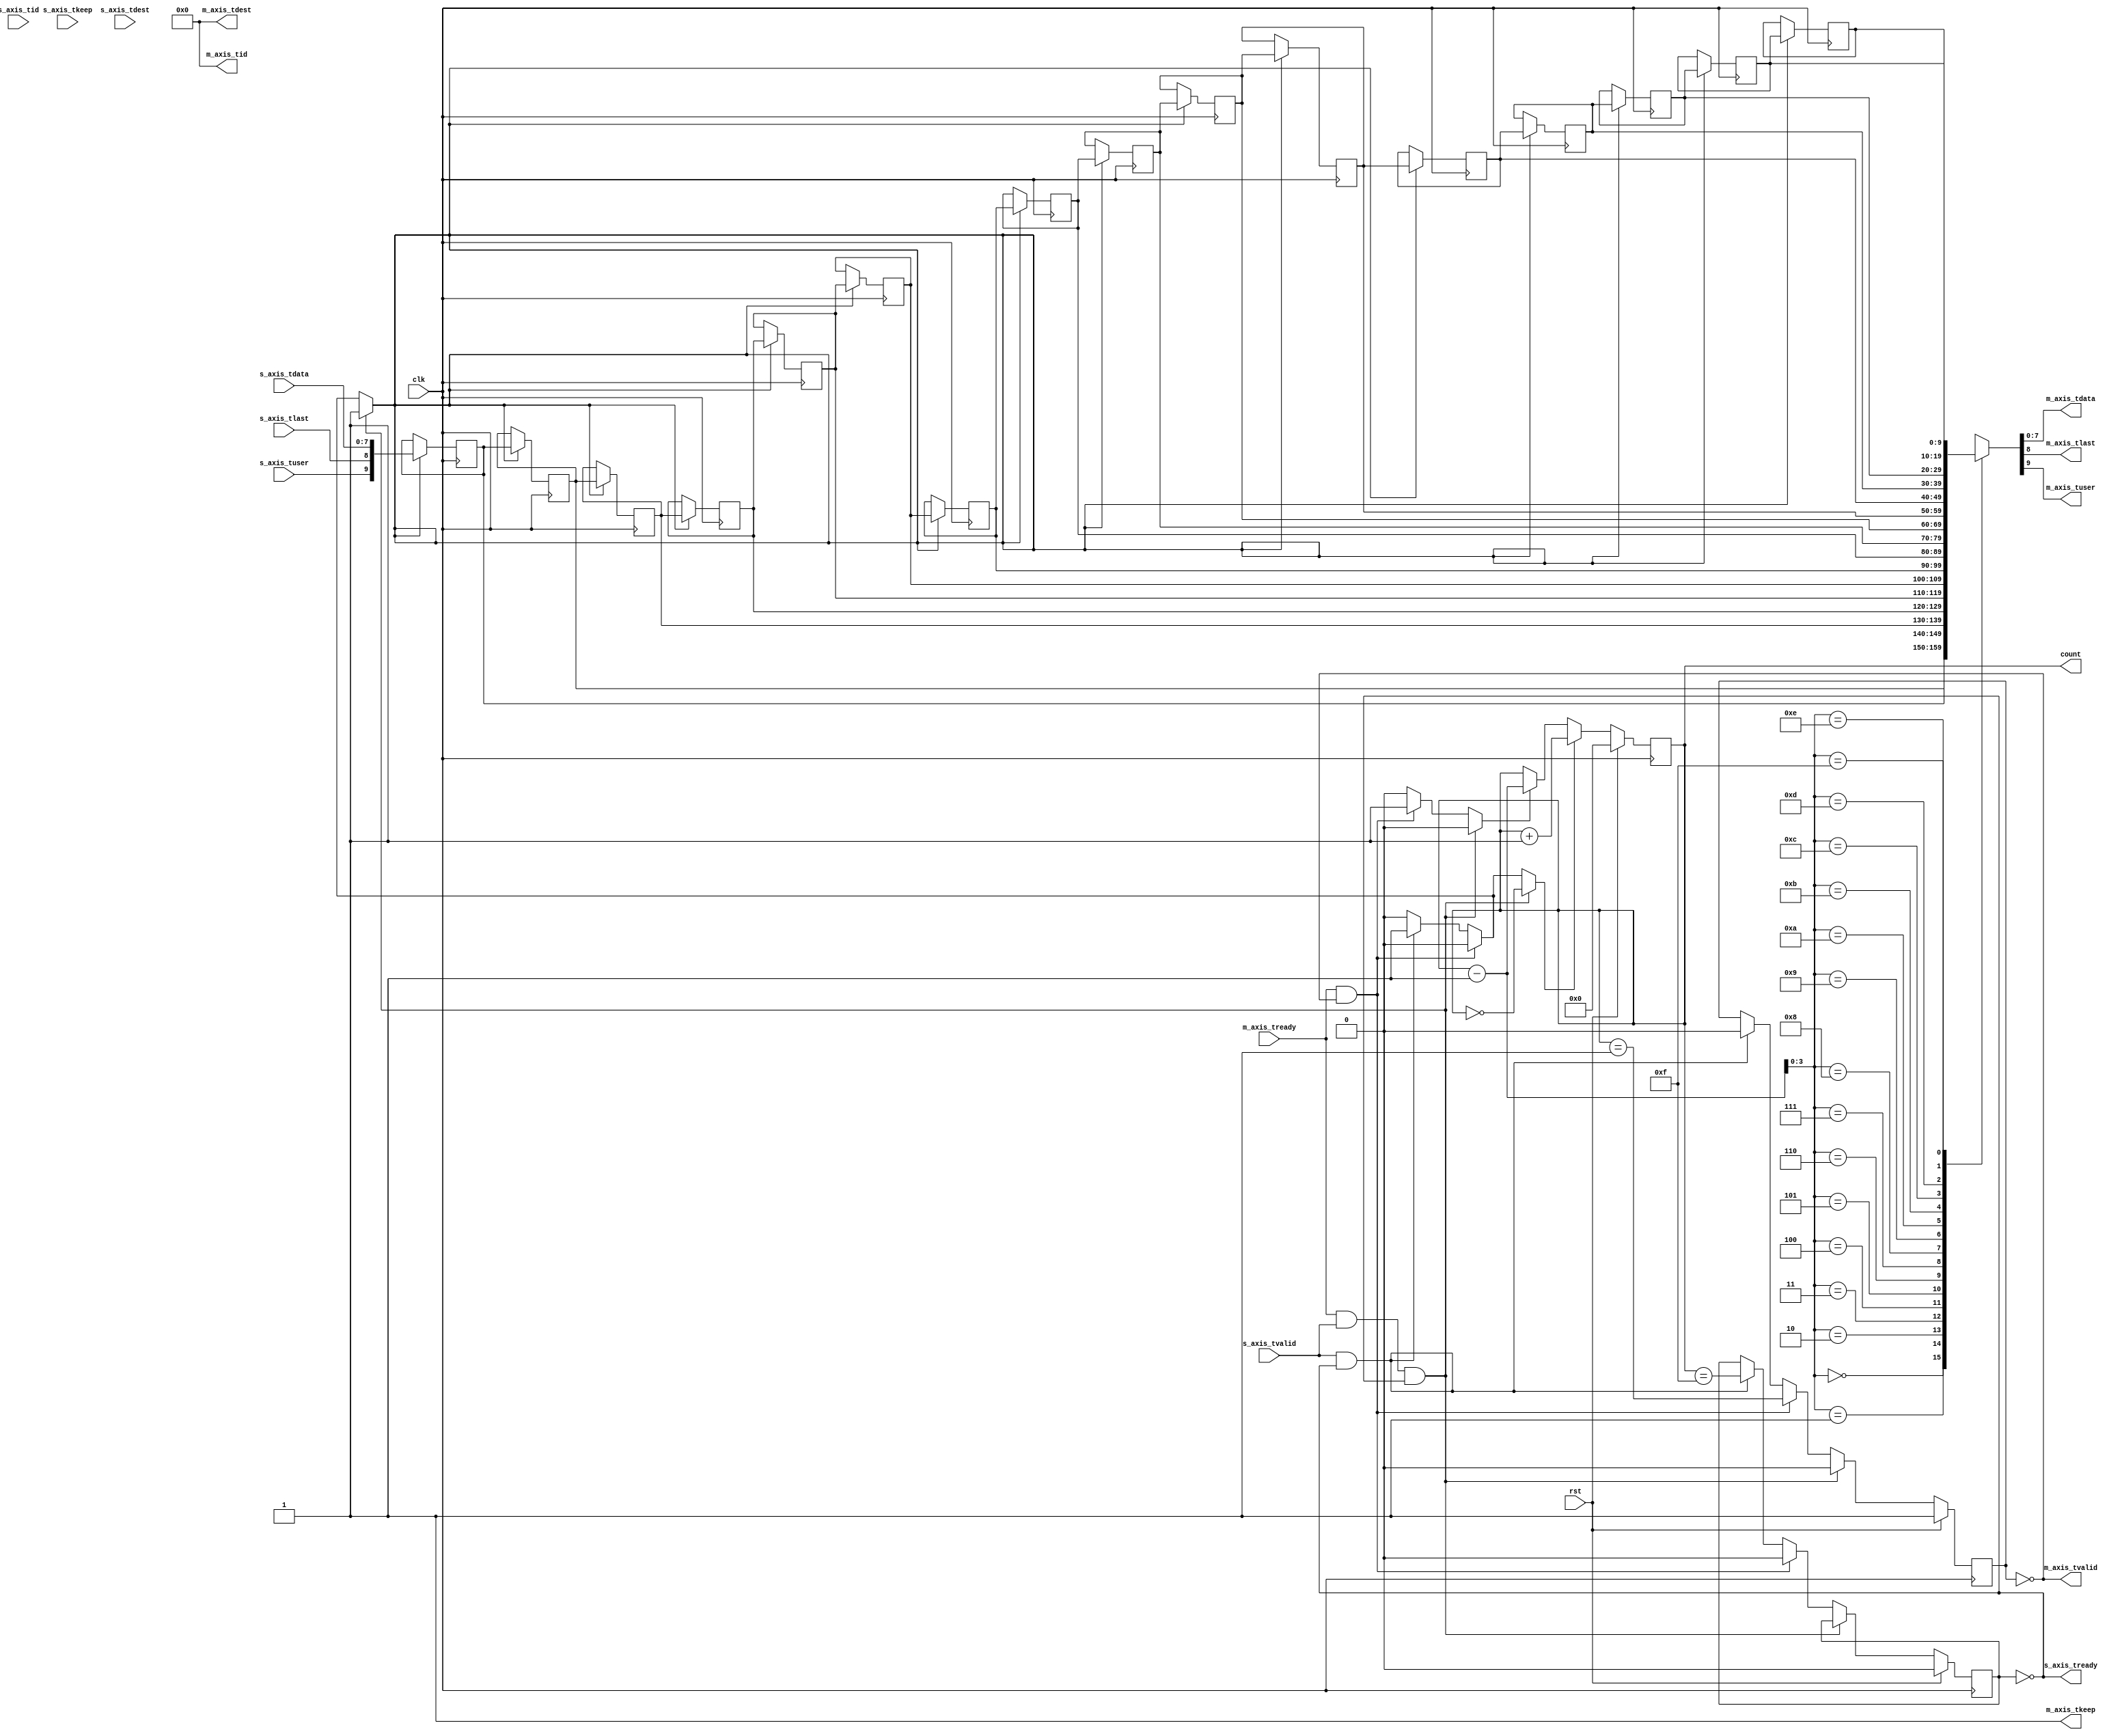
/*

Copyright (c) 2014-2018 Alex Forencich

Permission is hereby granted, free of charge, to any person obtaining a copy
of this software and associated documentation files (the "Software"), to deal
in the Software without restriction, including without limitation the rights
to use, copy, modify, merge, publish, distribute, sublicense, and/or sell
copies of the Software, and to permit persons to whom the Software is
furnished to do so, subject to the following conditions:

The above copyright notice and this permission notice shall be included in
all copies or substantial portions of the Software.

THE SOFTWARE IS PROVIDED "AS IS", WITHOUT WARRANTY OF ANY KIND, EXPRESS OR
IMPLIED, INCLUDING BUT NOT LIMITED TO THE WARRANTIES OF MERCHANTABILITY
FITNESS FOR A PARTICULAR PURPOSE AND NONINFRINGEMENT. IN NO EVENT SHALL THE
AUTHORS OR COPYRIGHT HOLDERS BE LIABLE FOR ANY CLAIM, DAMAGES OR OTHER
LIABILITY, WHETHER IN AN ACTION OF CONTRACT, TORT OR OTHERWISE, ARISING FROM,
OUT OF OR IN CONNECTION WITH THE SOFTWARE OR THE USE OR OTHER DEALINGS IN
THE SOFTWARE.

*/

// Language: Verilog 2001

`resetall
`timescale 1ns / 1ps
`default_nettype none

/*
 * AXI4-Stream SRL-based FIFO
 */
module axis_srl_fifo #
(
    // Width of AXI stream interfaces in bits
    parameter DATA_WIDTH = 8,
    // Propagate tkeep signal
    parameter KEEP_ENABLE = (DATA_WIDTH>8),
    // tkeep signal width (words per cycle)
    parameter KEEP_WIDTH = ((DATA_WIDTH+7)/8),
    // Propagate tlast signal
    parameter LAST_ENABLE = 1,
    // Propagate tid signal
    parameter ID_ENABLE = 0,
    // tid signal width
    parameter ID_WIDTH = 8,
    // Propagate tdest signal
    parameter DEST_ENABLE = 0,
    // tdest signal width
    parameter DEST_WIDTH = 8,
    // Propagate tuser signal
    parameter USER_ENABLE = 1,
    // tuser signal width
    parameter USER_WIDTH = 1,
    // FIFO depth in cycles
    parameter DEPTH = 16
)
(
    input  wire                       clk,
    input  wire                       rst,

    /*
     * AXI input
     */
    input  wire [DATA_WIDTH-1:0]      s_axis_tdata,
    input  wire [KEEP_WIDTH-1:0]      s_axis_tkeep,
    input  wire                       s_axis_tvalid,
    output wire                       s_axis_tready,
    input  wire                       s_axis_tlast,
    input  wire [ID_WIDTH-1:0]        s_axis_tid,
    input  wire [DEST_WIDTH-1:0]      s_axis_tdest,
    input  wire [USER_WIDTH-1:0]      s_axis_tuser,

    /*
     * AXI output
     */
    output wire [DATA_WIDTH-1:0]      m_axis_tdata,
    output wire [KEEP_WIDTH-1:0]      m_axis_tkeep,
    output wire                       m_axis_tvalid,
    input  wire                       m_axis_tready,
    output wire                       m_axis_tlast,
    output wire [ID_WIDTH-1:0]        m_axis_tid,
    output wire [DEST_WIDTH-1:0]      m_axis_tdest,
    output wire [USER_WIDTH-1:0]      m_axis_tuser,

    /*
     * Status
     */
    output wire [$clog2(DEPTH+1)-1:0] count
);

localparam KEEP_OFFSET = DATA_WIDTH;
localparam LAST_OFFSET = KEEP_OFFSET + (KEEP_ENABLE ? KEEP_WIDTH : 0);
localparam ID_OFFSET   = LAST_OFFSET + (LAST_ENABLE ? 1          : 0);
localparam DEST_OFFSET = ID_OFFSET   + (ID_ENABLE   ? ID_WIDTH   : 0);
localparam USER_OFFSET = DEST_OFFSET + (DEST_ENABLE ? DEST_WIDTH : 0);
localparam WIDTH       = USER_OFFSET + (USER_ENABLE ? USER_WIDTH : 0);

reg [WIDTH-1:0] data_reg[DEPTH-1:0];
reg [$clog2(DEPTH+1)-1:0] ptr_reg = 0;
reg full_reg = 1'b0, full_next;
reg empty_reg = 1'b1, empty_next;

wire [WIDTH-1:0] s_axis;

wire [WIDTH-1:0] m_axis = data_reg[ptr_reg-1];

assign s_axis_tready = !full_reg;

generate
    assign s_axis[DATA_WIDTH-1:0] = s_axis_tdata;
    if (KEEP_ENABLE) assign s_axis[KEEP_OFFSET +: KEEP_WIDTH] = s_axis_tkeep;
    if (LAST_ENABLE) assign s_axis[LAST_OFFSET]               = s_axis_tlast;
    if (ID_ENABLE)   assign s_axis[ID_OFFSET   +: ID_WIDTH]   = s_axis_tid;
    if (DEST_ENABLE) assign s_axis[DEST_OFFSET +: DEST_WIDTH] = s_axis_tdest;
    if (USER_ENABLE) assign s_axis[USER_OFFSET +: USER_WIDTH] = s_axis_tuser;
endgenerate

assign m_axis_tvalid = !empty_reg;

assign m_axis_tdata = m_axis[DATA_WIDTH-1:0];
assign m_axis_tkeep = KEEP_ENABLE ? m_axis[KEEP_OFFSET +: KEEP_WIDTH] : {KEEP_WIDTH{1'b1}};
assign m_axis_tlast = LAST_ENABLE ? m_axis[LAST_OFFSET]               : 1'b1;
assign m_axis_tid   = ID_ENABLE   ? m_axis[ID_OFFSET   +: ID_WIDTH]   : {ID_WIDTH{1'b0}};
assign m_axis_tdest = DEST_ENABLE ? m_axis[DEST_OFFSET +: DEST_WIDTH] : {DEST_WIDTH{1'b0}};
assign m_axis_tuser = USER_ENABLE ? m_axis[USER_OFFSET +: USER_WIDTH] : {USER_WIDTH{1'b0}};

assign count = ptr_reg;

wire ptr_empty = ptr_reg == 0;
wire ptr_empty1 = ptr_reg == 1;
wire ptr_full = ptr_reg == DEPTH;
wire ptr_full1 = ptr_reg == DEPTH-1;

reg shift;
reg inc;
reg dec;

integer i;

initial begin
    for (i = 0; i < DEPTH; i = i + 1) begin
        data_reg[i] <= 0;
    end
end

always @* begin
    shift = 1'b0;
    inc = 1'b0;
    dec = 1'b0;
    full_next = full_reg;
    empty_next = empty_reg;

    if (m_axis_tready && s_axis_tvalid && s_axis_tready) begin
        shift = 1'b1;
        inc = ptr_empty;
        empty_next = 1'b0;
    end else if (m_axis_tready && m_axis_tvalid) begin
        dec = 1'b1;
        full_next = 1'b0;
        empty_next = ptr_empty1;
    end else if (s_axis_tvalid && s_axis_tready) begin
        shift = 1'b1;
        inc = 1'b1;
        full_next = ptr_full1;
        empty_next = 1'b0;
    end
end

always @(posedge clk) begin
    if (inc) begin
        ptr_reg <= ptr_reg + 1;
    end else if (dec) begin
        ptr_reg <= ptr_reg - 1;
    end else begin
        ptr_reg <= ptr_reg;
    end

    full_reg <= full_next;
    empty_reg <= empty_next;

    if (shift) begin
        data_reg[0] <= s_axis;
        for (i = 0; i < DEPTH-1; i = i + 1) begin
            data_reg[i+1] <= data_reg[i];
        end
    end

    if (rst) begin
        ptr_reg <= 0;
        full_reg <= 1'b0;
        empty_reg <= 1'b1;
    end
end

endmodule

`resetall